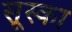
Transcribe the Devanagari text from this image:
सूस्का